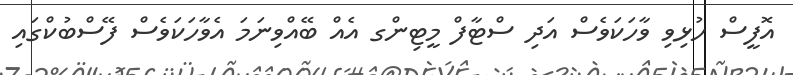
އޮފީސް ހުޅިވި ވާހަކަވެސް އަދި ސްޓާފް މީޓިންގ އެއް ބޭއްވިނަމަ އެވާހަކަވެސް ފޭސްބުކްގައި